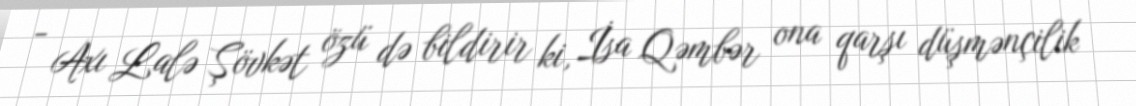
- Axı Lalə Şövkət özü də bildirir ki, İsa Qəmbər ona qarşı düşmənçilik